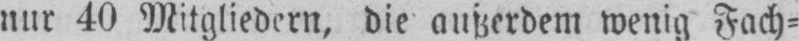
nur 40 Mitgliedern, die außerdem wenig Fach⸗